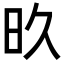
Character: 𬀨